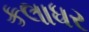
કલાધર